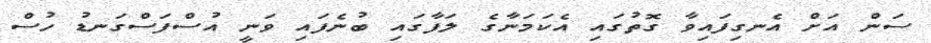
ސަން އަށް އެނގިފައިވާ ގޮތުގައި އެކަމަނާގެ ލަފާގައި ބުނެފައި ވަނީ އުސްފަސްގަނޑު ހުސް